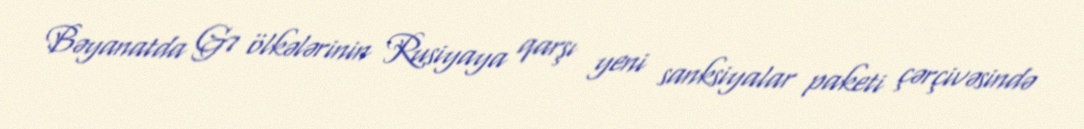
Bəyanatda G7 ölkələrinin Rusiyaya qarşı yeni sanksiyalar paketi çərçivəsində